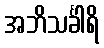
အဘိသင်္ခါရိ